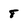
Character: 8